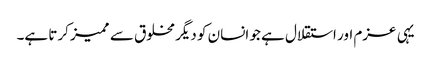
یہی عزم اور استقلال ہے جو انسان کو دیگر مخلوق سے ممیز کرتا ہے۔